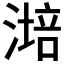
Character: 𣼯